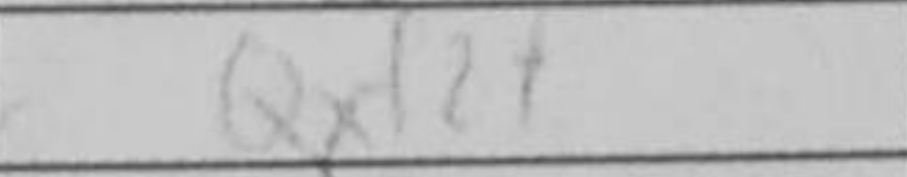
Transcription: Qxf2+